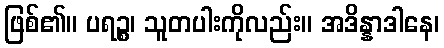
ဖြစ်၏။ ပရဉ္စ၊ သူတပါးကိုလည်း။ အဒိန္နာဒါနေ၊